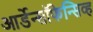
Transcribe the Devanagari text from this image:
आर्डेन्सॉफेन्सिव्ह